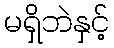
မရှိဘဲနှင့်